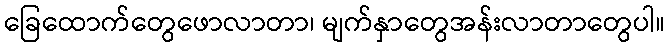
ခြေထောက်တွေဖောလာတာ၊ မျက်နှာတွေအန်းလာတာတွေပါ။